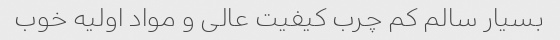
بسیار سالم کم چرب کیفیت عالی و مواد اولیه خوب